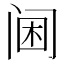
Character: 阃